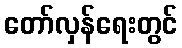
တော်လှန်ရေးတွင်